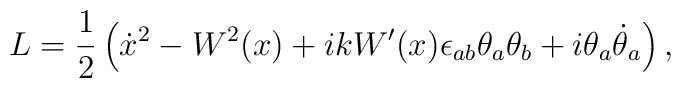
L=\frac{1}{2}\left(\dot{x}{}^2-W^2(x)+ikW'(x)\epsilon_{ab}\theta_a\theta_b +i\theta_a\dot{\theta}_a\right),